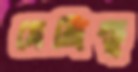
মেঙ্গিস্তু